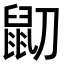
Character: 𪔹